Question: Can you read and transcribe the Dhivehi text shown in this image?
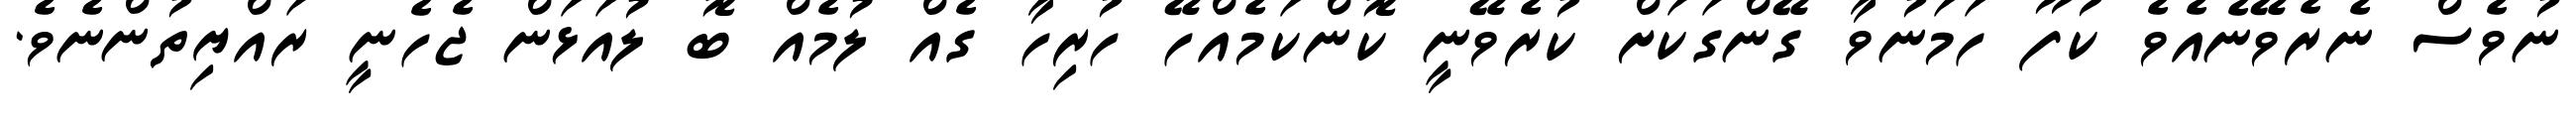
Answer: ނުވެސް ނެރެވޭނެއެވެ ކުފޫ ހަމަނުވާ ގޭންގަކަށް ކުރެވޭނީ ކޮންކަމެއްހޭ ހުރިހާ ގެއް ލުމެއް ބޮ ލުއަޅަން ޖެހެނީ ރައްޔިތުންނެވެ.